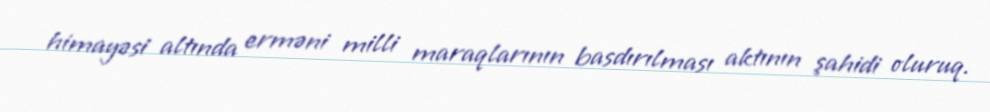
himayəsi altında erməni milli maraqlarının basdırılması aktının şahidi oluruq.